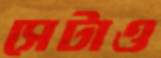
সেটাও